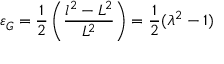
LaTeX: \ \varepsilon _ { G } = { \frac { 1 } { 2 } } \left( { \frac { l ^ { 2 } - L ^ { 2 } } { L ^ { 2 } } } \right) = { \frac { 1 } { 2 } } ( \lambda ^ { 2 } - 1 )